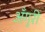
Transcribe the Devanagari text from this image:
अँगुरी